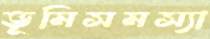
ভূমিসমস্যা